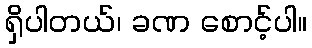
ရှိပါတယ်၊ ခဏ စောင့်ပါ။